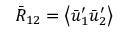
{ { \bar { R } } _ { 1 2 } } = \left\langle { { { \bar { u } } _ { 1 } ^ { \prime } } { { \bar { u } } _ { 2 } ^ { \prime } } } \right\rangle